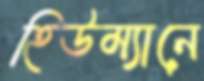
হিউম্যানে